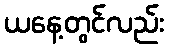
ယနေ့တွင်လည်း